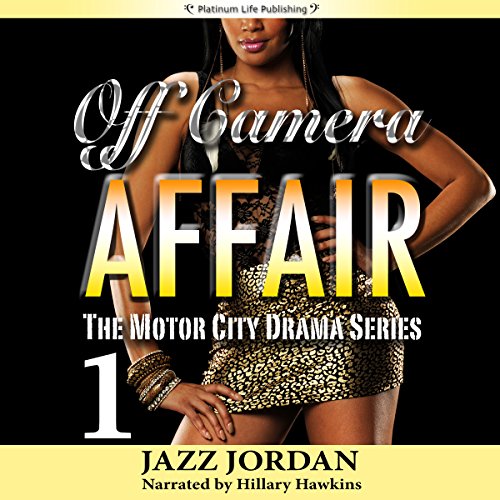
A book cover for Off Camera Affair 1: The Motor City Drama Series, Book 1; Jazz Jordan; Literature & Fiction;